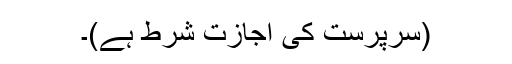
(سرپرست کی اجازت شرط ہے)۔